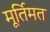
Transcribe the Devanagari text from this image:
मूर्तिमत